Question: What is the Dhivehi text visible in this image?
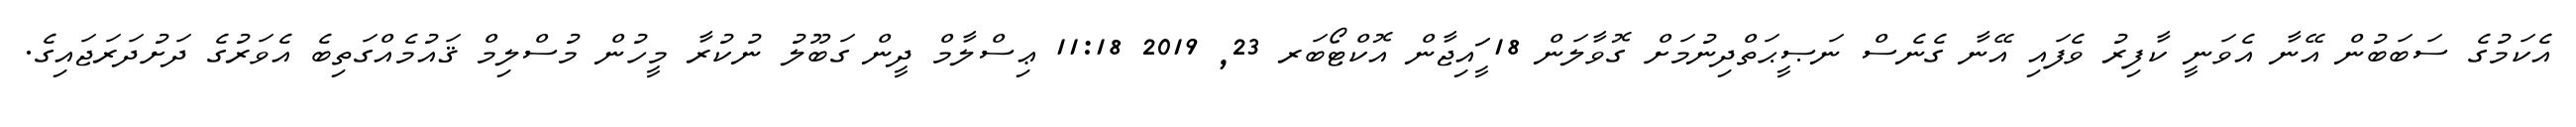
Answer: އެކަމުގެ ސަބަބުން އޭނާ އެވަނީ ކާފިރު ވެފައި އޭނާ ގެނެސް ނަޞީޙަތްދިނުމަށް ގޮވާލަން 18 ީަައިޖާން އޮކްޓޯބަރ 23, 2019 11:18 ޢިސްލާމް ދީން ގަބޫލު ނުކުރާ މީހުން މުސްލިމް ޤައުމެއްގަތިބެ އެވަރުގެ ދަށުދަރަޖައިގެ.